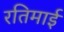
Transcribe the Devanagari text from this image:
रतिमाई